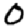
Digit: 0